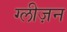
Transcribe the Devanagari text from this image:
ग्लीज़न